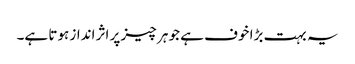
یہ بہت بڑا خوف ہے جو ہر چیز پر اثر انداز ہوتا ہے۔